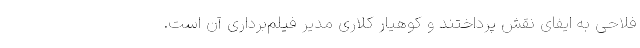
فلاحی به ایفای نقش پرداختند و کوهیار کلاری مدیر فیلم‌برداری آن است.